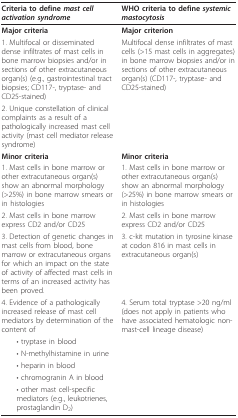
<table><thead><tr><td><b>Criteria to define <i>mast cell activation syndrome</i></b></td><td><b>WHO criteria to define <i>systemic mastocytosis</i></b></td></tr></thead><tbody><tr><td><b>Major criteria</b></td><td><b>Major criterion</b></td></tr><tr><td>1. Multifocal or disseminated dense infiltrates of mast cells in bone marrow biopsies and/or in sections of other extracutaneous organ(s) (e.g., gastrointestinal tract biopsies; CD117-, tryptase- and CD25-stained)</td><td>Multifocal dense infiltrates of mast cells (&gt;15 mast cells in aggregates) in bone marrow biopsies and/or in sections of other extracutaneous organ(s) (CD117-, tryptase- and CD25-stained)</td></tr><tr><td>2. Unique constellation of clinical complaints as a result of a pathologically increased mast cell activity (mast cell mediator release syndrome)</td><td></td></tr><tr><td><b>Minor criteria</b></td><td><b>Minor criteria</b></td></tr><tr><td>1. Mast cells in bone marrow or other extracutaneous organ(s) show an abnormal morphology (&gt;25%) in bone marrow smears or in histologies</td><td>1. Mast cells in bone marrow or other extracutaneous organ(s) show an abnormal morphology (&gt;25%) in bone marrow smears or in histologies</td></tr><tr><td>2. Mast cells in bone marrow express CD2 and/or CD25</td><td>2. Mast cells in bone marrow express CD2 and/or CD25</td></tr><tr><td>3. Detection of genetic changes in mast cells from blood, bone marrow or extracutaneous organs for which an impact on the state of activity of affected mast cells in terms of an increased activity has been proved.</td><td>3. c-kit mutation in tyrosine kinase at codon 816 in mast cells in extracutaneous organ(s)</td></tr><tr><td>4. Evidence of a pathologically increased release of mast cell mediators by determination of the content of</td><td>4. Serum total tryptase &gt;20 ng/ml (does not apply in patients who have associated hematologic non-mast-cell lineage disease)</td></tr><tr><td> • tryptase in blood</td><td></td></tr><tr><td> • N-methylhistamine in urine</td><td></td></tr><tr><td> • heparin in blood</td><td></td></tr><tr><td> • chromogranin A in blood</td><td></td></tr><tr><td> • other mast cell-specific mediators (e.g., leukotrienes, prostaglandin D<sub>2</sub>)</td><td></td></tr></tbody></table>